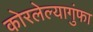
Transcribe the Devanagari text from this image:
कोरलेल्यागुंफा